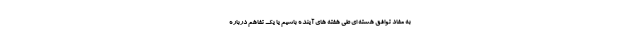
به مفاد توافق هسته ای طی هفته های آینده باشیم یا یک تفاهم درباره